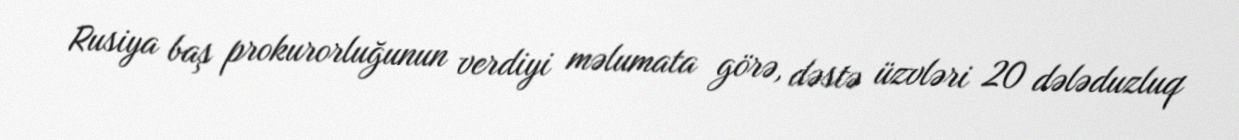
Rusiya baş prokurorluğunun verdiyi məlumata görə, dəstə üzvləri 20 dələduzluq